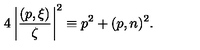
4 \left| \frac { ( p , \xi ) } { \zeta } \right| ^ { 2 } \equiv p ^ { 2 } + ( p , n ) ^ { 2 } .